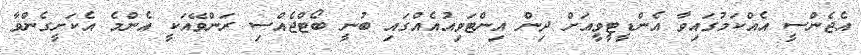
އެޖެންސީ އެއްކަމުގައިވާ އެންޑީޓީވީއަށް ދިން އިންޓަވިއުއެއްގައި ބުނީ ބޯޓްޖެއްސި ރަންވޭއަކީ އެންމެ އެކަށީގެންވާ